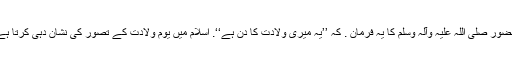
حضور صلی اللہ علیہ وآلہ وسلم کا یہ فرمان . کہ ’’یہ میری ولادت کا دن ہے‘‘. اِسلام میں یوم ولادت کے تصور کی نشان دہی کرتا ہے۔